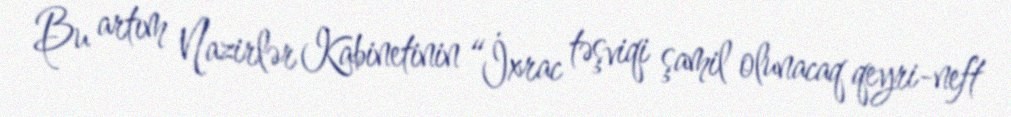
Bu artım Nazirlər Kabinetinin “İxrac təşviqi şamil olunacaq qeyri-neft